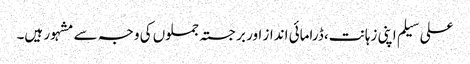
علی سیلم اپنی زہانت، ڈرامائی انداز اور برجستہ جملوں کی وجہ سے مشہور ہیں۔